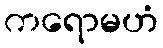
ကရောမဟံ